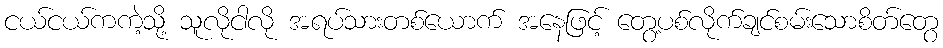
ငယ်ငယ်ကကဲ့သို့ သူလိုငါလို အရပ်သားတစ်ယောက် အနေဖြင့် တွေ့ပစ်လိုက်ချင်စမ်းသောစိတ်တွေ